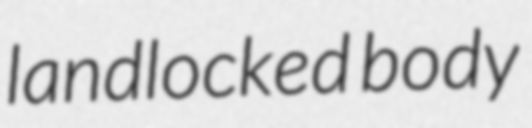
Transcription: landlocked body